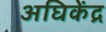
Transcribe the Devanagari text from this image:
अघिकेंद्र